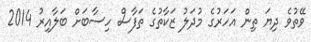
ވޭތުވެ ދިޔަ ތިން އަހަރުގެ މުދަލު ޒަކާތުގެ ތަފާސް ހިސާބަށް ބަލާއިރު 2014